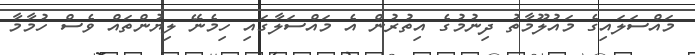
މައްސަލައިގެ މައުލޫމާތު ދިނުމުގެ އިތުރުން އެ މައްސަލާގައި ހިމެނޭ ލިޔުންތައް ވެސް ހުމާމާ